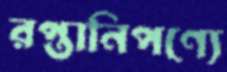
রপ্তানিপণ্যে